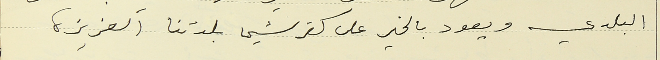
البلدي ويعود بالخير على كفرشيما بلدتنا العزيزة